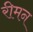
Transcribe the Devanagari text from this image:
रीमन